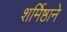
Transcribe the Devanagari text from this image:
शर्मिष्ठाने